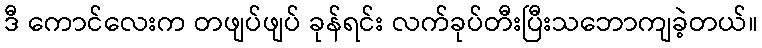
ဒီ ကောင်လေးက တဖျပ်ဖျပ် ခုန်ရင်း လက်ခုပ်တီးပြီးသဘောကျခဲ့တယ်။